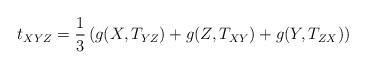
LaTeX: \begin{align*}t_{XYZ}= \frac13\left(g(X,T_{YZ}) + g(Z,T_{XY}) + g(Y,T_{ZX})\right)\end{align*}